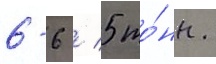
6-6 / 5 то́нн.